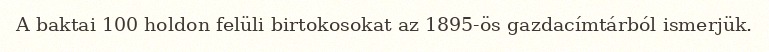
A baktai 100 holdon felüli birtokosokat az 1895-ös gazdacímtárból ismerjük.